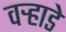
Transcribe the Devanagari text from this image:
वऱ्हाडे